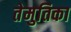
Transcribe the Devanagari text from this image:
तेमुतिका